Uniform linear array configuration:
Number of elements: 16
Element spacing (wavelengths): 0.25
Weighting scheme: exponential
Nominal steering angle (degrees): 45
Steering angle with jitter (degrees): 43.161
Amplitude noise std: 0.05
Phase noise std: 0.05

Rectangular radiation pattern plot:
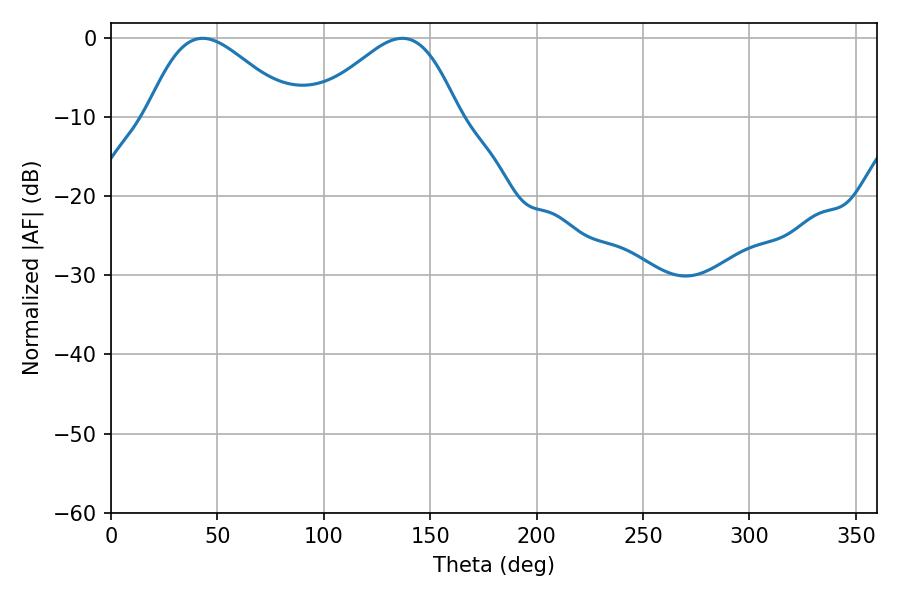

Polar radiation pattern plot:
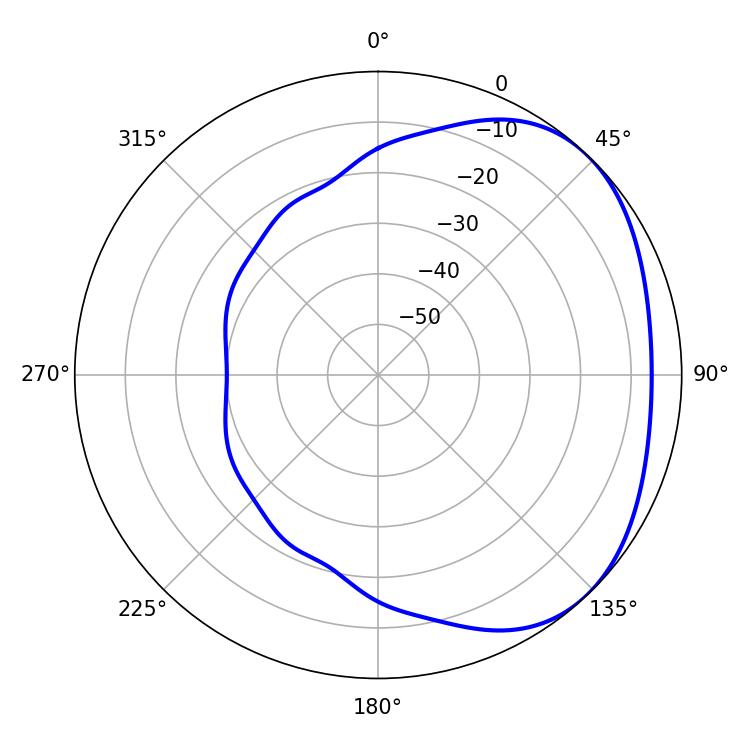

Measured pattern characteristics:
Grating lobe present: FALSE
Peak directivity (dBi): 2.838
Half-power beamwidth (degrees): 36.18
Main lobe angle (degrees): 43.02